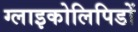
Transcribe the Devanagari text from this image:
ग्लाइकोलिपिडों